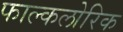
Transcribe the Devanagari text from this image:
फाल्कलोरिक